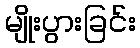
မျိုးပွားခြင်း